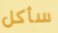
سأكل